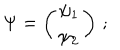
\Psi = \left( \begin{array} { c l c r } { { \psi _ { 1 } } } \\ { { \psi _ { 2 } } } \\ \end{array} \right) \, ;